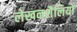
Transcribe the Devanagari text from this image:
लेखनशैलियों